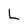
Character: L